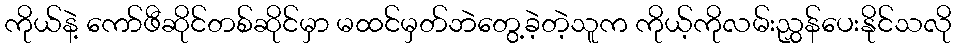
ကိုယ်နဲ့ ကော်ဖီဆိုင်တစ်ဆိုင်မှာ မထင်မှတ်ဘဲတွေ့ခဲ့တဲ့သူက ကိုယ့်ကိုလမ်းညွှန်ပေးနိုင်သလို